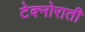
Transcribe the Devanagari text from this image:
टेक्नोराती